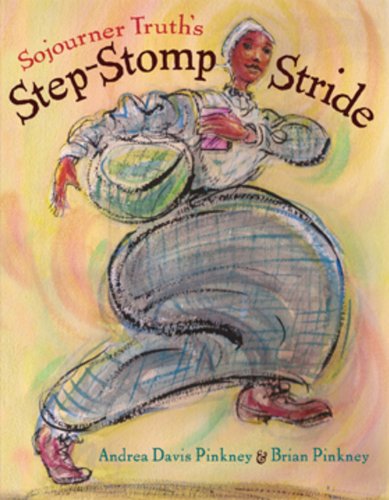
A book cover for Sojourner Truth's Step-Stomp Stride; Andrea Davis Pinkney; Biographies & Memoirs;